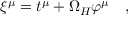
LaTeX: \xi ^ { \mu } = t ^ { \mu } + \Omega _ { H } \varphi ^ { \mu } ~ ~ ~ ,